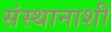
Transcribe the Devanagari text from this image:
संस्थानाशी